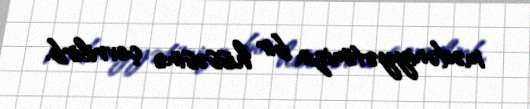
mədəniyyətimizin bir hissəsinə çevrilirb.